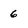
Character: 6